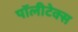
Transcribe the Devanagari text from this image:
पॉलीटेक्स